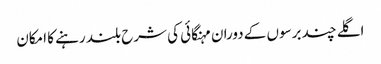
اگلے چند برسوں کے دوران مہنگائی کی شرح بلند رہنے کا امکان